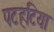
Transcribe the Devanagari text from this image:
पटहटिया